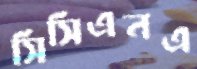
সিসিএনএ